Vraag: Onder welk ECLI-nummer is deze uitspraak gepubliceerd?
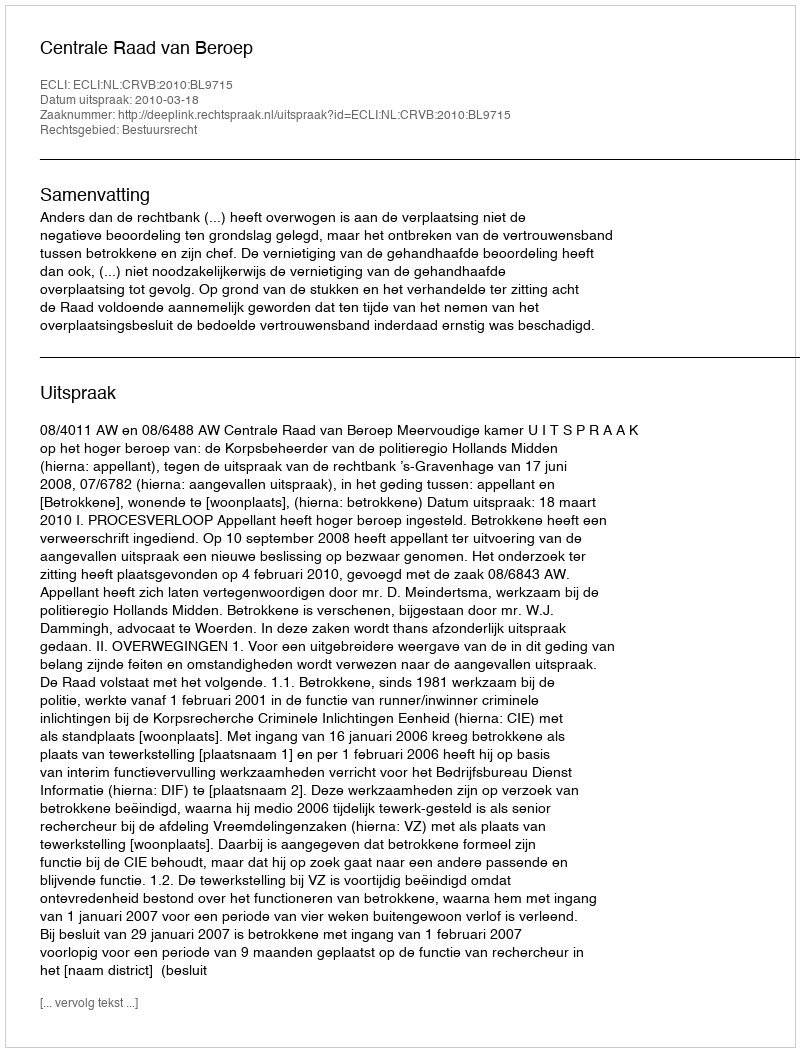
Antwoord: ECLI:NL:CRVB:2010:BL9715